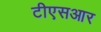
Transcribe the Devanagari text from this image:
टीएसआर